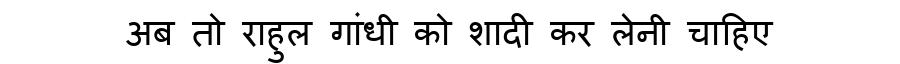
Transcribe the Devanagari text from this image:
अब तो राहुल गांधी को शादी कर लेनी चाहिए